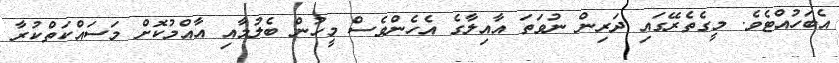
އެބަހުއްޓެވެ. މީގެތެރޭގައި ދަރިން ނުވަތަ އާއިލާގެ އެހެންވެސް މީހުން ބެލުމާއި އާއްމުކޮށް މަސައްކަތްކުރާ